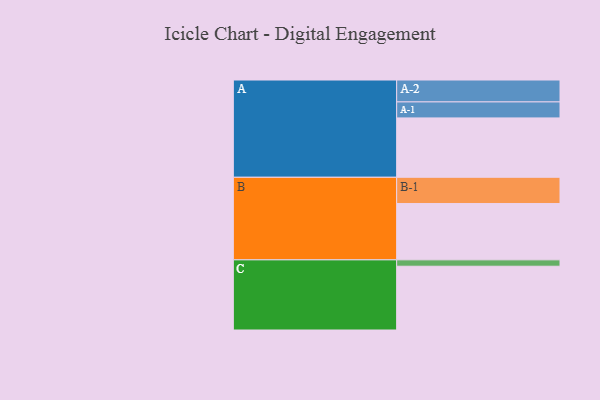
{"axis": {"x": "Segment", "y": "Value"}, "legend": ["", "A", "B", "C"], "data": [{"x": "A", "y": 512, "type": ""}, {"x": "B", "y": 486, "type": ""}, {"x": "C", "y": 550, "type": ""}, {"x": "A-1", "y": 138, "type": "A"}, {"x": "A-2", "y": 189, "type": "A"}, {"x": "B-1", "y": 226, "type": "B"}, {"x": "C-1", "y": 55, "type": "C"}]}